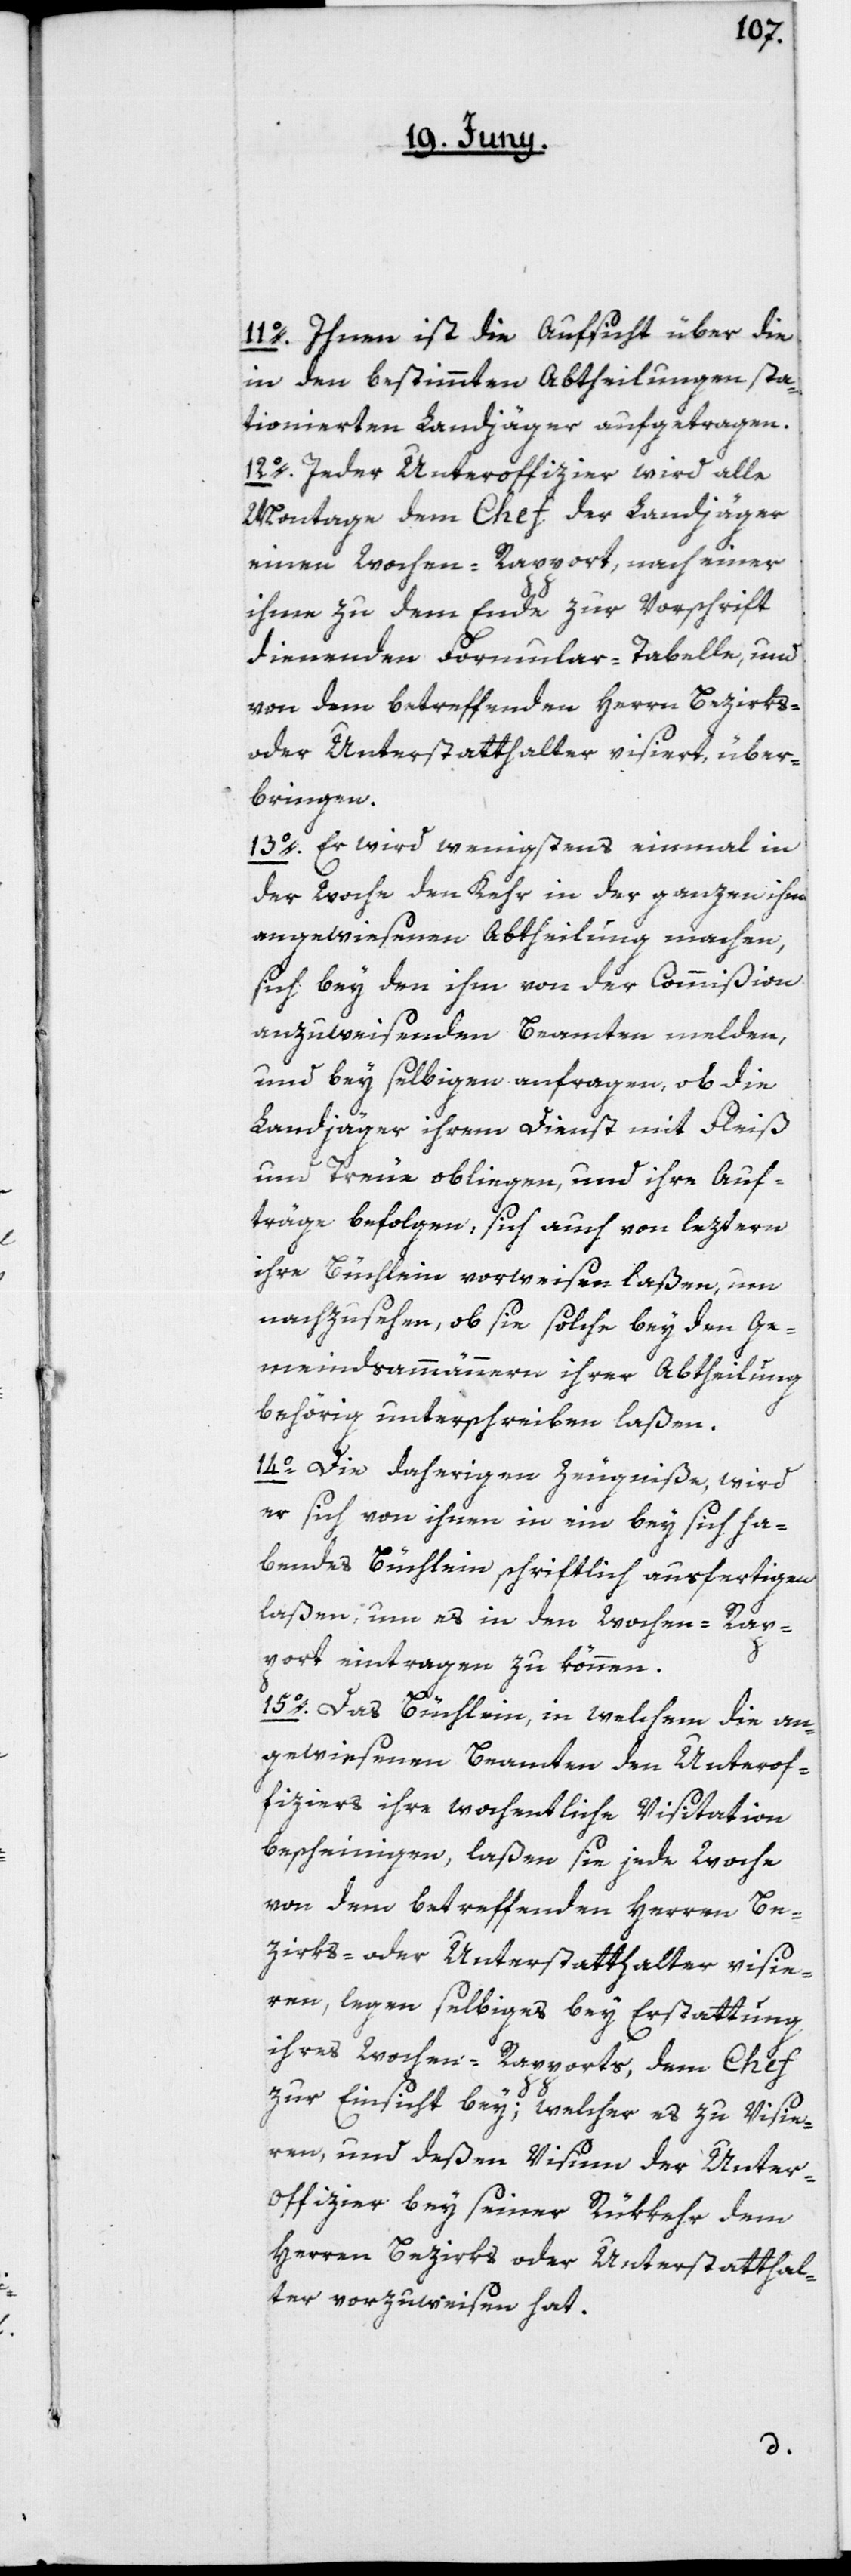
11o. Ihnen ist die Aufsicht über die
in den bestimmten Abtheilungen sta¬
tionierten Landjäger aufgetragen.
12o. Jeder Unteroffizier wird alle
Montage dem Chef der Landjäger
einen Wochen-Rapport, nach einer
ihme zu dem Ende zur Vorschrift
dienenden Formular-Tabelle, und
von dem betreffenden Herrn Bezirks-
oder Unterstatthalter visiert, über¬
bringen.
13o. Er wird wenigstens einmal in
der Woche den Kehr in der ganzen ihm
angewiesenen Abtheilung machen,
sich bey den ihm von der Commißion
anzuweisenden Beamten melden,
und bey selbigen anfragen, ob die
Landjäger ihrem Dienst mit Fleiß
und Treue obliegen, und ihre Auf¬
träge befolgen, sich auch von leztern
ihre Büchlein vorweisen laßen, um
nachzusehen, ob sie solche bey den Ge¬
meindsammännern ihrer Abtheilung
behörig unterschreiben laßen.
14o. Die daherigen Zeugniße, wird
er sich von ihnen in ein bey sich ha¬
bendes Büchlein schriftlich ausfertigen
laßen, um es in den Wochen-Rap¬
port eintragen zu können.
15o. Das Büchlein, in welchem die an¬
gewiesenen Beamten den Unterof¬
fiziers ihre wochentliche Visitation
bescheinigen, laßen sie jede Woche
von dem betreffenden Herren Be¬
zirks- oder Unterstatthalter visie¬
ren, legen selbiges bey Erstattung
ihres Wochen-Rapports, dem Chef
zur Einsicht bey; welcher es zu Visie¬
ren, und deßen Visum der Unter¬
offizier bey seiner Rükkehr dem
Herren Bezirks[-] oder Unterstatthal¬
ter vorzuweisen hat.